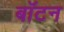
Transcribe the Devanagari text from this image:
बॉटन